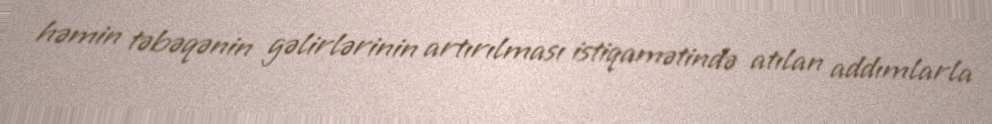
həmin təbəqənin gəlirlərinin artırılması istiqamətində atılan addımlarla